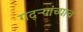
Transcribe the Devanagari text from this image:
गद्र्‍यांच्याच